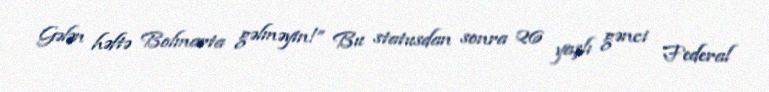
Gələn həftə Bolmarta gəlməyin!” Bu statusdan sonra 26 yaşlı gənci Federal